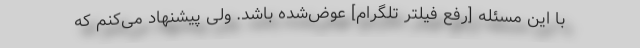
با این مسئله [رفع فیلتر تلگرام] عوض‌شده باشد. ولی پیشنهاد می‌کنم که